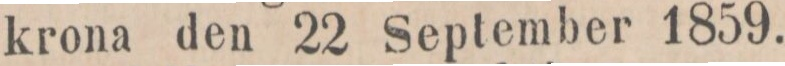
krona den 22 September 1859.